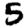
Digit: 5